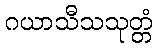
ဂယာသီသသုတ္တံ